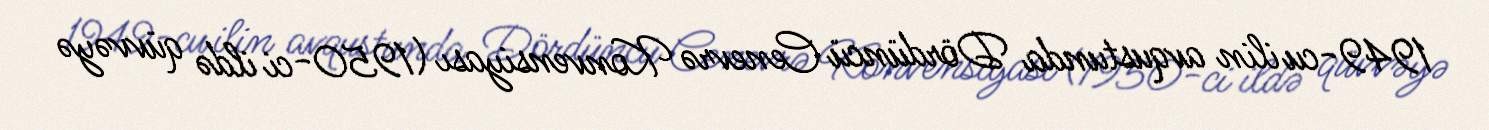
1949-cu ilin avqustunda Dördüncü Cenevrə Konvensiyası (1950-ci ildə qüvvəyə